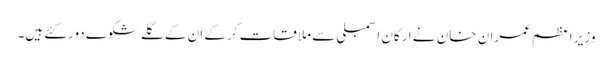
وزیر اعظم عمران خان نے ارکان اسمبلی سے ملاقات کرکے ان کے گلے شکوے دور کئے ہیں۔